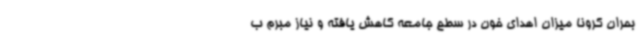
بحران کرونا میزان اهدای خون در سطح جامعه کاهش یافته و نیاز مبرم ب